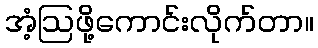
အံ့ဩဖို့ကောင်းလိုက်တာ။